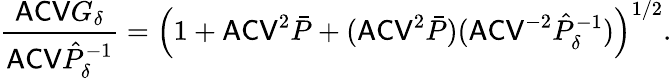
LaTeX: \frac{\mathsf{ACV}G_{\delta}}{\mathsf{ACV}\hat{P}_{\delta}^{-1}}=\left(1+\mathsf{ACV}^{2}\bar{P}+(\mathsf{ACV}^{2}\bar{P})(\mathsf{ACV}^{-2}\hat{P}_{\delta}^{-1})\right)^{1/2}.